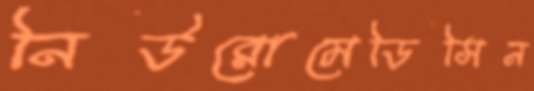
নিউরোমেডিসিন